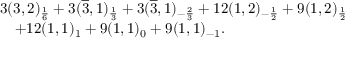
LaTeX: \begin{array} { l } { { 3 ( 3 , 2 ) _ { \frac { 1 } { 6 } } + 3 ( \overline { { { 3 } } } , 1 ) _ { \frac { 1 } { 3 } } + 3 ( \overline { { { 3 } } } , 1 ) _ { - \frac { 2 } { 3 } } + 1 2 ( 1 , 2 ) _ { - \frac { 1 } { 2 } } + 9 ( 1 , 2 ) _ { \frac { 1 } { 2 } } } } \\ { { \ \ \ + 1 2 ( 1 , 1 ) _ { 1 } + 9 ( 1 , 1 ) _ { 0 } + 9 ( 1 , 1 ) _ { - 1 } . } } \end{array}